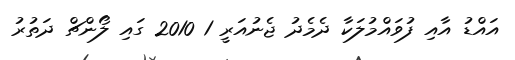
އައްޑު އާއި ފުވައްމުލަކާ ދެމެދު ޖެނުއަރީ 1 2010 ގައި ލޯންޗް ދަތުރު